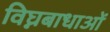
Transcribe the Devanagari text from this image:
विघ्नबाधाओं